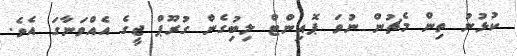
ކުޅުނު ތިން މެޗުން ނުވަ ޕޮއިންޓް ލިބުިގެން ގުރޫޕް ޖީގެ އެއްވަނާގަ އެވެ.